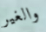
والغير